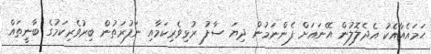
ހަމައެއާއެކު އެދެލޮލުން އޭނައަށް ފެންނަމުން ދިޔަ ސާފު ރުޅިވެރިކަމާއި ނަފުރަތުން ބިރުވެރިކަމުގެ ބާނީތައް